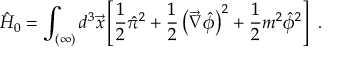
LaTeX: \hat { H } _ { 0 } = \int _ { ( \infty ) } d ^ { 3 } \vec { x } \left[ \frac { 1 } { 2 } \hat { \pi } ^ { 2 } + \frac { 1 } { 2 } \left( \vec { \nabla } \hat { \phi } \right) ^ { 2 } + \frac { 1 } { 2 } m ^ { 2 } \hat { \phi } ^ { 2 } \right] \ .